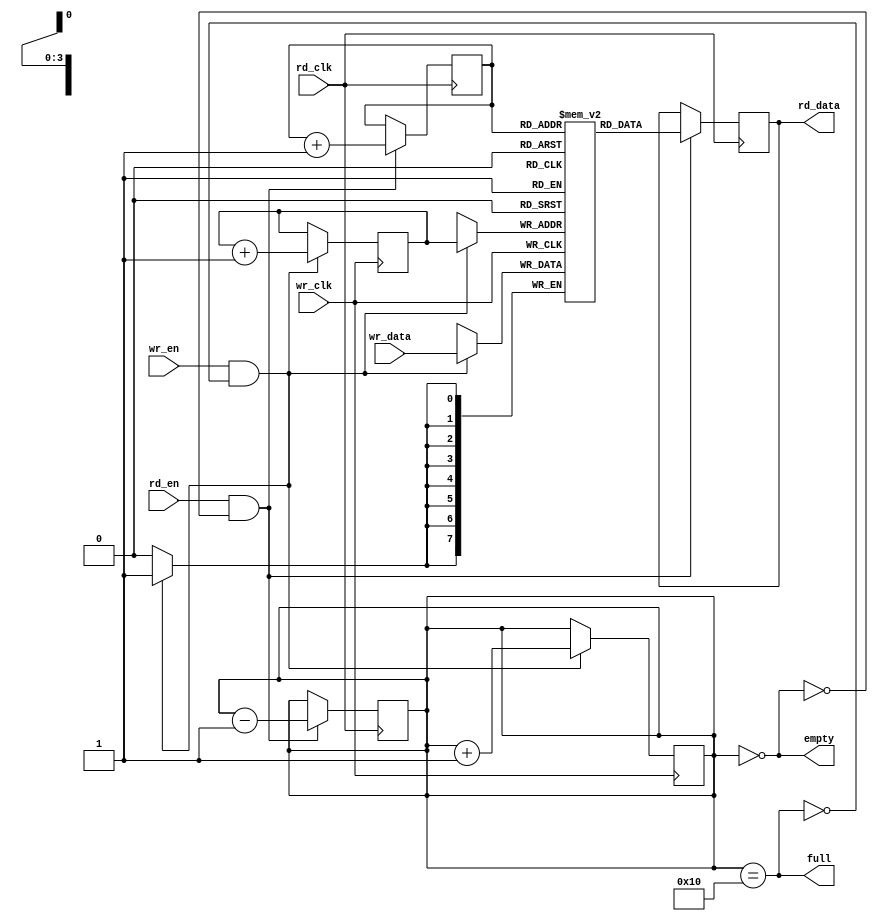
module async_fifo #(
    parameter DATA_WIDTH = 8,      // Width of data
    parameter FIFO_DEPTH = 16       // Depth of FIFO (must be a power of 2)
) (
    input wire wr_clk,              // Write clock
    input wire wr_en,               // Write enable
    input wire [DATA_WIDTH-1:0] wr_data, // Data input
    output wire full,               // FIFO full flag

    input wire rd_clk,              // Read clock
    input wire rd_en,               // Read enable
    output wire [DATA_WIDTH-1:0] rd_data, // Data output
    output wire empty               // FIFO empty flag
);

    // Internal parameters
    localparam ADDR_WIDTH = $clog2(FIFO_DEPTH); // Address width for FIFO depth

    // Memory block declaration
    reg [DATA_WIDTH-1:0] fifo_mem [0:FIFO_DEPTH-1]; // FIFO memory
    reg [ADDR_WIDTH-1:0] wr_ptr;                     // Write pointer
    reg [ADDR_WIDTH-1:0] rd_ptr;                     // Read pointer
    reg [ADDR_WIDTH:0] count;                         // Entry count

    // Flags for full and empty
    assign full = (count == FIFO_DEPTH);
    assign empty = (count == 0);

    // Write logic
    always @(posedge wr_clk) begin
        if (wr_en && !full) begin
            fifo_mem[wr_ptr] <= wr_data; // Write data to FIFO
            wr_ptr <= wr_ptr + 1;        // Increment write pointer
            count <= count + 1;          // Increment count
        end
    end

    // Read logic
    always @(posedge rd_clk) begin
        if (rd_en && !empty) begin
            rd_data <= fifo_mem[rd_ptr]; // Read data from FIFO
            rd_ptr <= rd_ptr + 1;        // Increment read pointer
            count <= count - 1;          // Decrement count
        end
    end

    // Pointer synchronization
    reg [ADDR_WIDTH-1:0] wr_ptr_sync; // Synchronized write pointer
    reg [ADDR_WIDTH-1:0] rd_ptr_sync; // Synchronized read pointer

    always @(posedge rd_clk) begin
        wr_ptr_sync <= wr_ptr; // Synchronize write pointer to read clock domain
    end

    always @(posedge wr_clk) begin
        rd_ptr_sync <= rd_ptr; // Synchronize read pointer to write clock domain
    end

    // Reset logic (optional)
    initial begin
        wr_ptr = 0;
        rd_ptr = 0;
        count = 0;
    end

endmodule